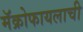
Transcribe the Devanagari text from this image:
मॅक्रोफायलाची